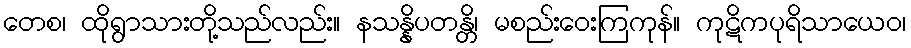
တေစ၊ ထိုရွာသားတို့သည်လည်း။ နသန္နိပတန္တိ၊ မစည်းဝေးကြကုန်။ ကုဋိကပုရိသာယေဝ၊